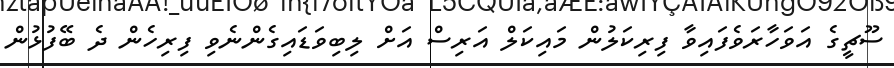
ސޫޗީގެ އަވަހާރަވެފައިވާ ފިރިކަލުން މައިކަލް އަރިސް އަށް ލިބިވަޑައިގެންނެވި ފިރިހެން ދެ ބޭފުޅުން